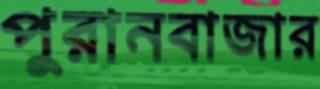
পুরানবাজার